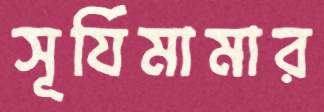
সূর্যিমামার